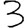
Digit: 3